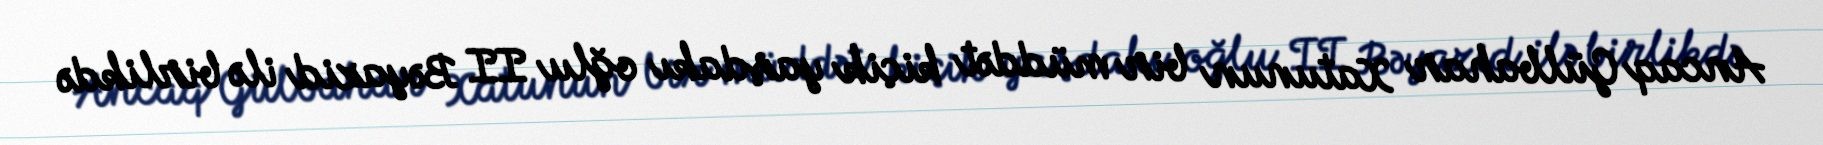
Ancaq Gülbahar Xatunun bir müddət kiçik yaşdakı oğlu II Bəyazid ilə birlikdə